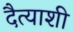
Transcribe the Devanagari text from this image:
दैत्याशी